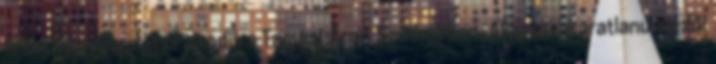
fesztivál hangulat uralkodik a Tamási Áron Színházban. Akarva-akaratlanul nézői